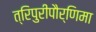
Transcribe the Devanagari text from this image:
त्रिपुरीपौर्णिमा